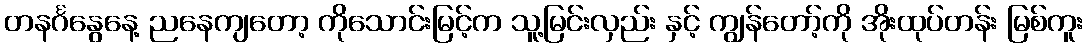
တနင်္ဂနွေနေ့ ညနေကျတော့ ကိုသောင်းမြင့်က သူ့မြင်းလှည်း နှင့် ကျွန်တော့်ကို အိုးထုပ်တန်း မြစ်ကူး